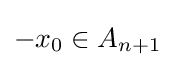
-x_{0}\in A_{n+1}